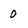
Character: 0